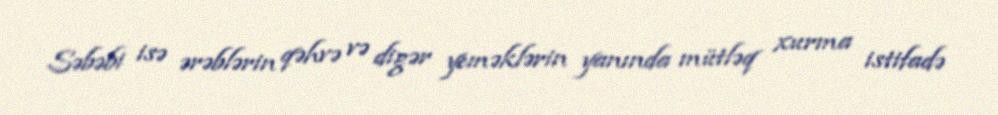
Səbəbi isə ərəblərin qəhvə və digər yeməklərin yanında mütləq xurma istifadə